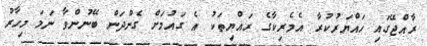
ރާއްޖޭގައި ހައްޔަރުކުރާ އެމެރިކާގެ ރައްޔިތަކު އެ ގައުމަށް ގެންދަން ބޭނުންވާ ނަމަ މިހާރު